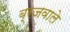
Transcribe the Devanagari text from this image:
ब्रजवाले